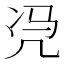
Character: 𮰉